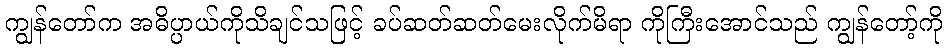
ကျွန်တော်က အဓိပ္ပာယ်ကိုသိချင်သဖြင့် ခပ်ဆတ်ဆတ်မေးလိုက်မိရာ ကိုကြီးအောင်သည် ကျွန်တော့်ကို